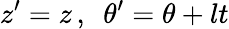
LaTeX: z^{\prime}=z\, ,\ \ \theta^{\prime}=\theta+lt